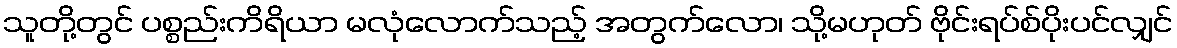
သူတို့တွင် ပစ္စည်းကိရိယာ မလုံလောက်သည့် အတွက်လော၊ သို့မဟုတ် ဗိုင်းရပ်စ်ပိုးပင်လျှင်